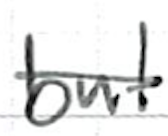
Text: but
Cross-out: single-line
Writing tool: ballpoint